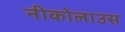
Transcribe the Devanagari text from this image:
नीकोलाउस